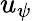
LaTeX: u_{\psi}